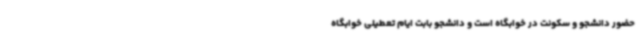
حضور دانشجو و سکونت در خوابگاه است و دانشجو بابت ایام تعطیلی خوابگاه